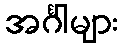
အင်္ဂါများ